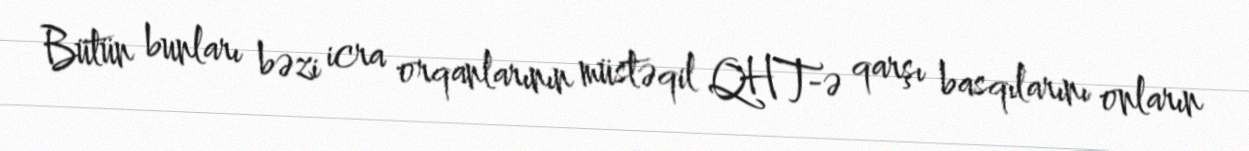
Bütün bunları bəzi icra orqanlarının müstəqil QHT-ə qarşı basqılarını onların